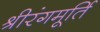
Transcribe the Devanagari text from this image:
श्रीरंगमूर्ति